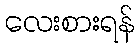
လေးစားရန်